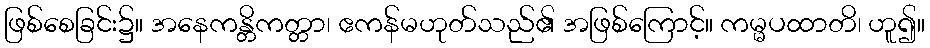
ဖြစ်စေခြင်း၌။ အနေကန္တိကတ္တာ၊ ဧကန်မဟုတ်သည်၏ အဖြစ်ကြောင့်။ ကမ္မပထာတိ၊ ဟူ၍။